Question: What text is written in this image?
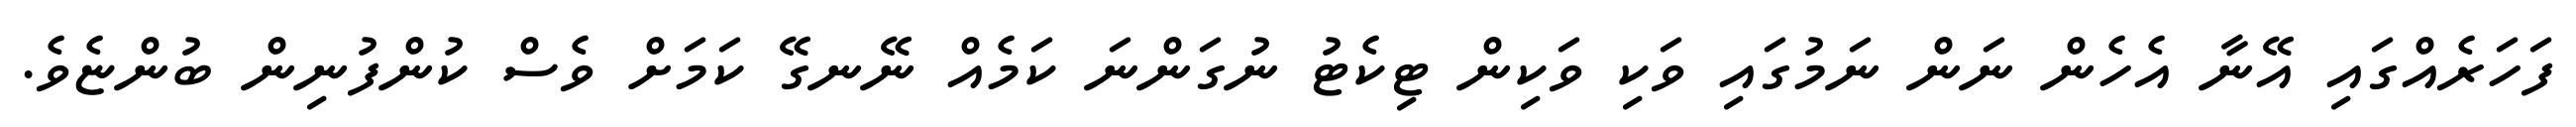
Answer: ފަހަރެއްގައި އޭނާ އެހެން ނަން ނަމުގައި ވަކި ވަކިން ޓިކެޓު ނުގަންނަ ކަމެއް ނޭނގޭ ކަމަށް ވެސް ކުންފުނިން ބުންޏެވެ.